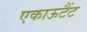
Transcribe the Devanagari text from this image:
एकाऊटैंट